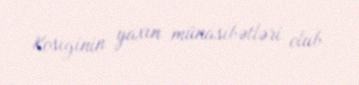
Kosıginin yaxın münasibətləri olub.